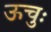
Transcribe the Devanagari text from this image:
ऊचुः